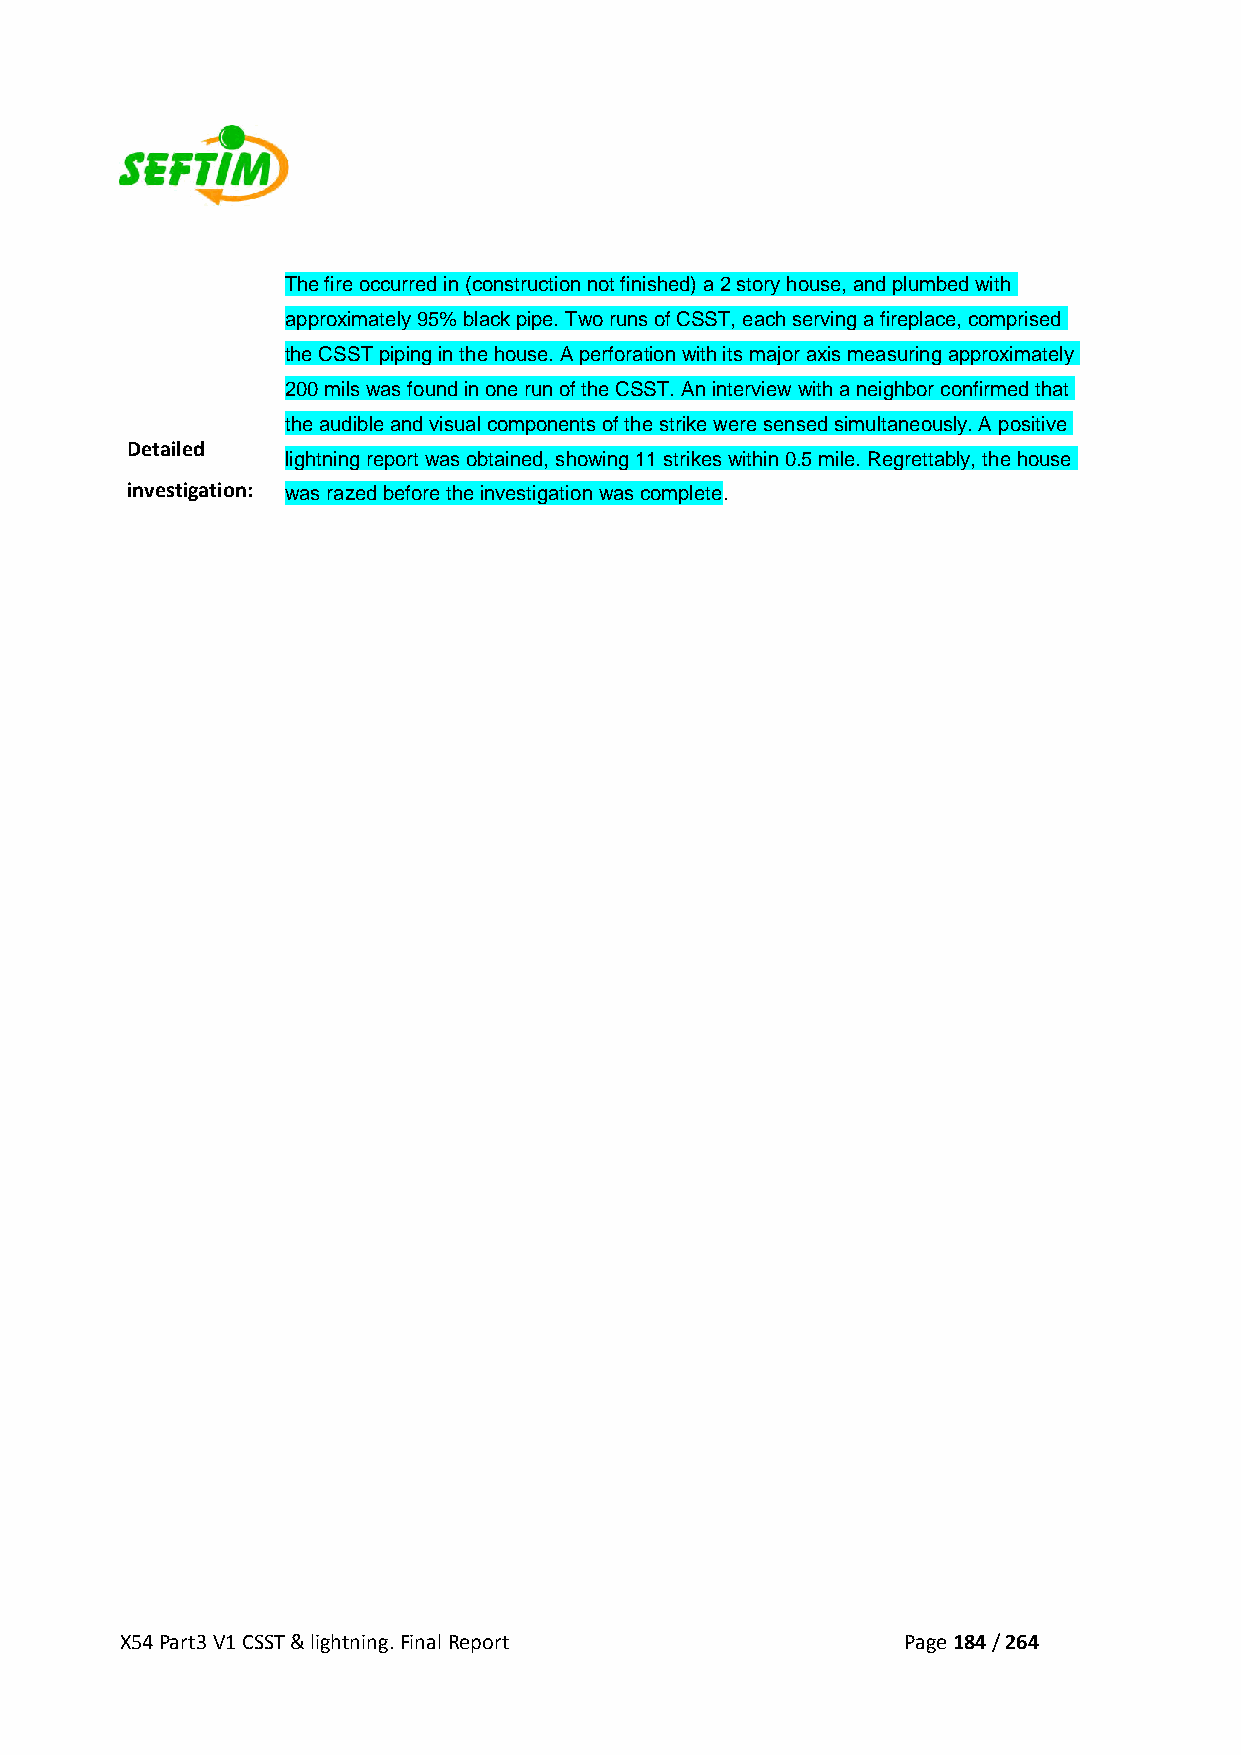
The fire occurred in (construction not finished) a 2 story house, and plumbed with
 approximately 95% black pipe. Two runs of CSST, each serving a fireplace, comprised
 the CSST piping in the house. A perforation with its major axis measuring approximately
 200 mils was found in one run of the CSST. An interview with a neighbor confirmed that
 the audible and visual components of the strike were sensed simultaneously. A positive
 Detailed
 lightning report was obtained, showing 11 strikes within 0.5 mile. Regrettably, the house
 investigation: was razed before the investigation was complete.
 X54 Part3 V1 CSST & lightning. Final Report         Page 184 / 264